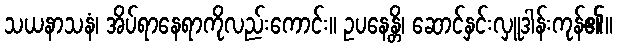
သယနာသနံ၊ အိပ်ရာနေရာကိုလည်းကောင်း။ ဥပနေန္တိ၊ ဆောင်နှင်းလှူဒါန်းကုန်၏။